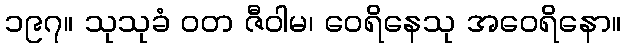
၁၉၇။ သုသုခံ ဝတ ဇီဝါမ၊ ဝေရိနေသု အဝေရိနော။